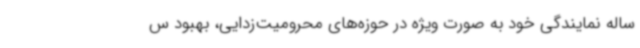
ساله نمایندگی خود به صورت ویژه در حوزه‌های محرومیت‌زدایی، بهبود س